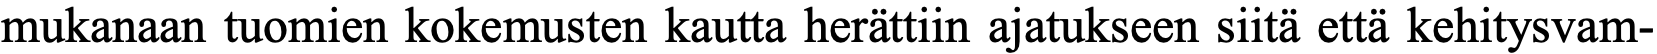
mukanaan tuomien kokemusten kautta herättiin ajatukseen siitä että kehitysvam-